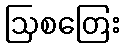
ဩစတြေး